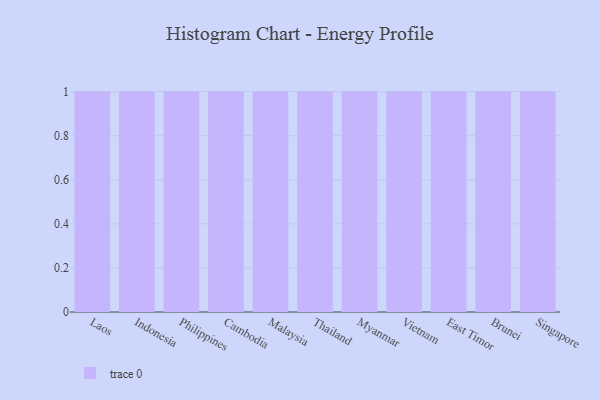
{"axis": {"x": "Country", "y": "Page Views"}, "legend": [""], "data": [{"x": "Laos", "y": 42, "type": ""}, {"x": "Indonesia", "y": 55, "type": ""}, {"x": "Philippines", "y": 32, "type": ""}, {"x": "Cambodia", "y": 24, "type": ""}, {"x": "Malaysia", "y": 90, "type": ""}, {"x": "Thailand", "y": 6, "type": ""}, {"x": "Myanmar", "y": 16, "type": ""}, {"x": "Vietnam", "y": 6, "type": ""}, {"x": "East Timor", "y": 37, "type": ""}, {"x": "Brunei", "y": 99, "type": ""}, {"x": "Singapore", "y": 72, "type": ""}]}